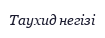
Таухид негізі